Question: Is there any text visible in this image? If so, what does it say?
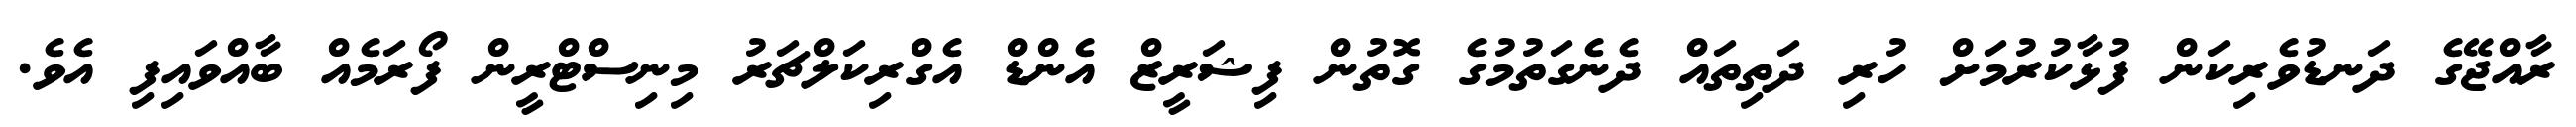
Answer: ރާއްޖޭގެ ދަނޑުވެރިކަން ފުޅާކުރުމަށް ހުރި ދަތިތައް ދެނެގަތުމުގެ ގޮތުން ފިޝަރީޒް އެންޑް އެގްރިކަލްޗަރު މިނިސްޓްރީން ފޯރަމެއް ބާއްވައިފި އެވެ.